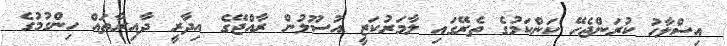
އިސްލާހު ކުރަންޖެހޭ ކަންކަމުގެ ތެރޭގައި ލާމަރުކަޒީ އުސޫލުން ރާއްޖޭގެ އިދާރީ ދާއިރާތައް ހިންގުމުގެ